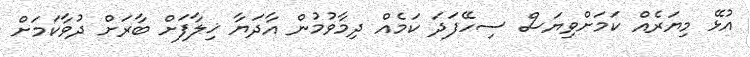
އުޅޭ މިޔަރެއް ކަމަށްވިޔަސް ސިހޭފަދަ ކަމެއް ދިމާވުމުން އާދަޔާ ޚިލާފަށް ބާރަށް ދުވާކަމަށް